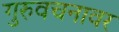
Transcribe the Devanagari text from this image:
गुरुवचनावर